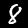
Label: 8